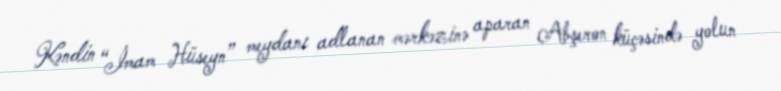
Kəndin “İmam Hüseyn” meydanı adlanan mərkəzinə aparan Abşeron küçəsində yolun